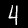
Digit: 4